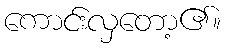
ကောင်းလှတော့၏။